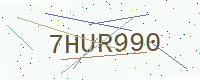
Text: 7HUR990